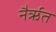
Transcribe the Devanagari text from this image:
नैर्ऋत